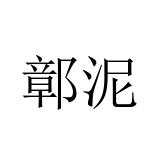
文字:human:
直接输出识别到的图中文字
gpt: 鄣泥